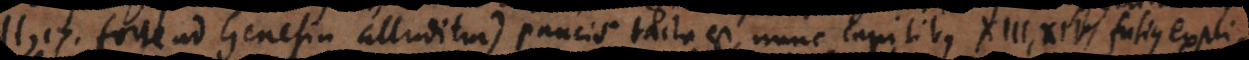
(XII, 17. forte ad Genesin alluditur) paucis tacta est, nunc capitibus XIII, XIV, fusius explic